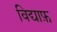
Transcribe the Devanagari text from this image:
विद्याफ़